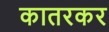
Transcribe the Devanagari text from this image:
कातरकर